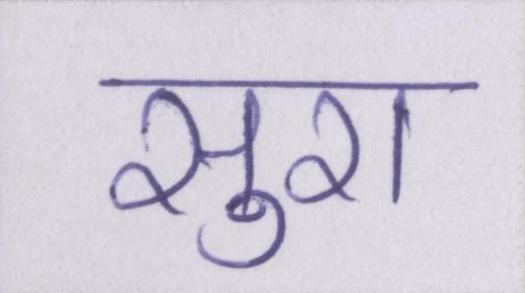
सुरा